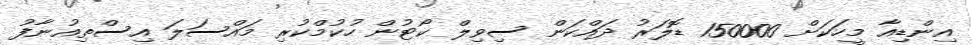
އިންޑިއާ މީހަކަށް 150000 ޑޮލަރު ދައްކަން ސިވިލް ކޯޓުން ހުކުމްކުރި މައްސަލަ އިސްތިއުނާފު